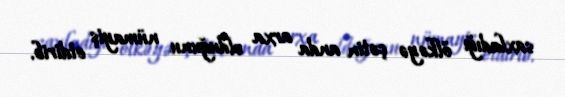
saxladığı ölkəyə çətin anda arxa olduğunu nümayiş etdirib.